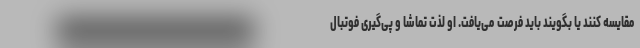
مقایسه کنند یا بگویند باید فرصت می‌یافت. او لذت تماشا و پی‌گیری فوتبال